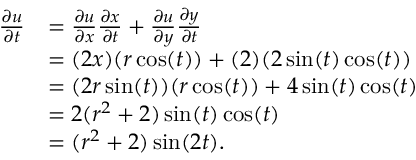
{ \begin{array} { r l } { { \frac { \partial u } { \partial t } } } & { = { \frac { \partial u } { \partial x } } { \frac { \partial x } { \partial t } } + { \frac { \partial u } { \partial y } } { \frac { \partial y } { \partial t } } } \\ & { = ( 2 x ) ( r \cos ( t ) ) + ( 2 ) ( 2 \sin ( t ) \cos ( t ) ) } \\ & { = ( 2 r \sin ( t ) ) ( r \cos ( t ) ) + 4 \sin ( t ) \cos ( t ) } \\ & { = 2 ( r ^ { 2 } + 2 ) \sin ( t ) \cos ( t ) } \\ & { = ( r ^ { 2 } + 2 ) \sin ( 2 t ) . } \end{array} }